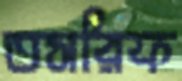
তসরিফ